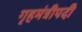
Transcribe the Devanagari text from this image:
गृहमंत्रीपदी